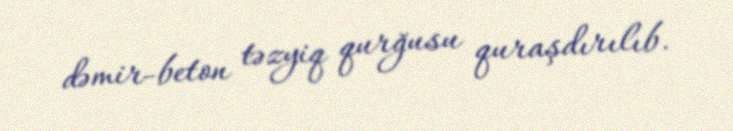
dəmir-beton təzyiq qurğusu quraşdırılıb.